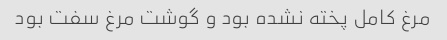
مرغ کامل پخته نشده بود و گوشت مرغ سفت بود